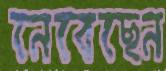
নেবেছেন